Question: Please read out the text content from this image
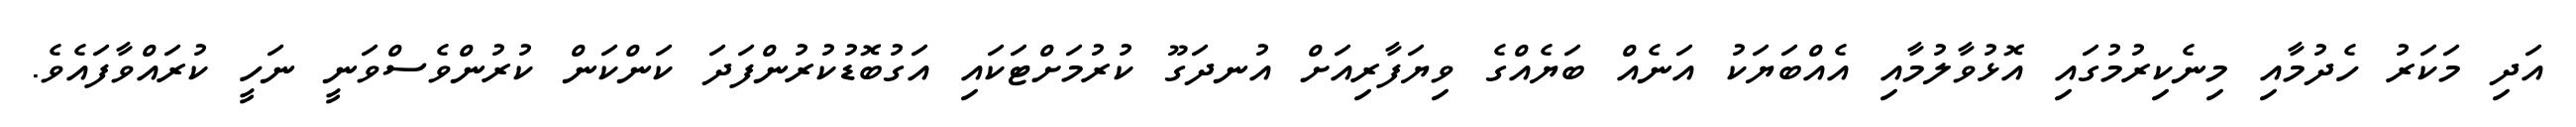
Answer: އަދި މަކަރު ހެދުމާއި މިނެކިރުމުގައި އޮޅުވާލުމާއި އެއްބަޔަކު އަނެއް ބަޔެއްގެ ވިޔަފާރިއަށް އުނދަގޫ ކުރުމަށްޓަކައި އަގުބޮޑުކުރުންފަދަ ކަންކަން ކުރުންވެސްވަނީ ނަހީ ކުރައްވާފައެވެ.